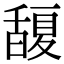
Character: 𭐮